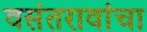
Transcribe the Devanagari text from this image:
वसंतरावांचा